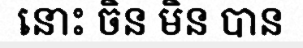
នោះ ចិន មិន បាន